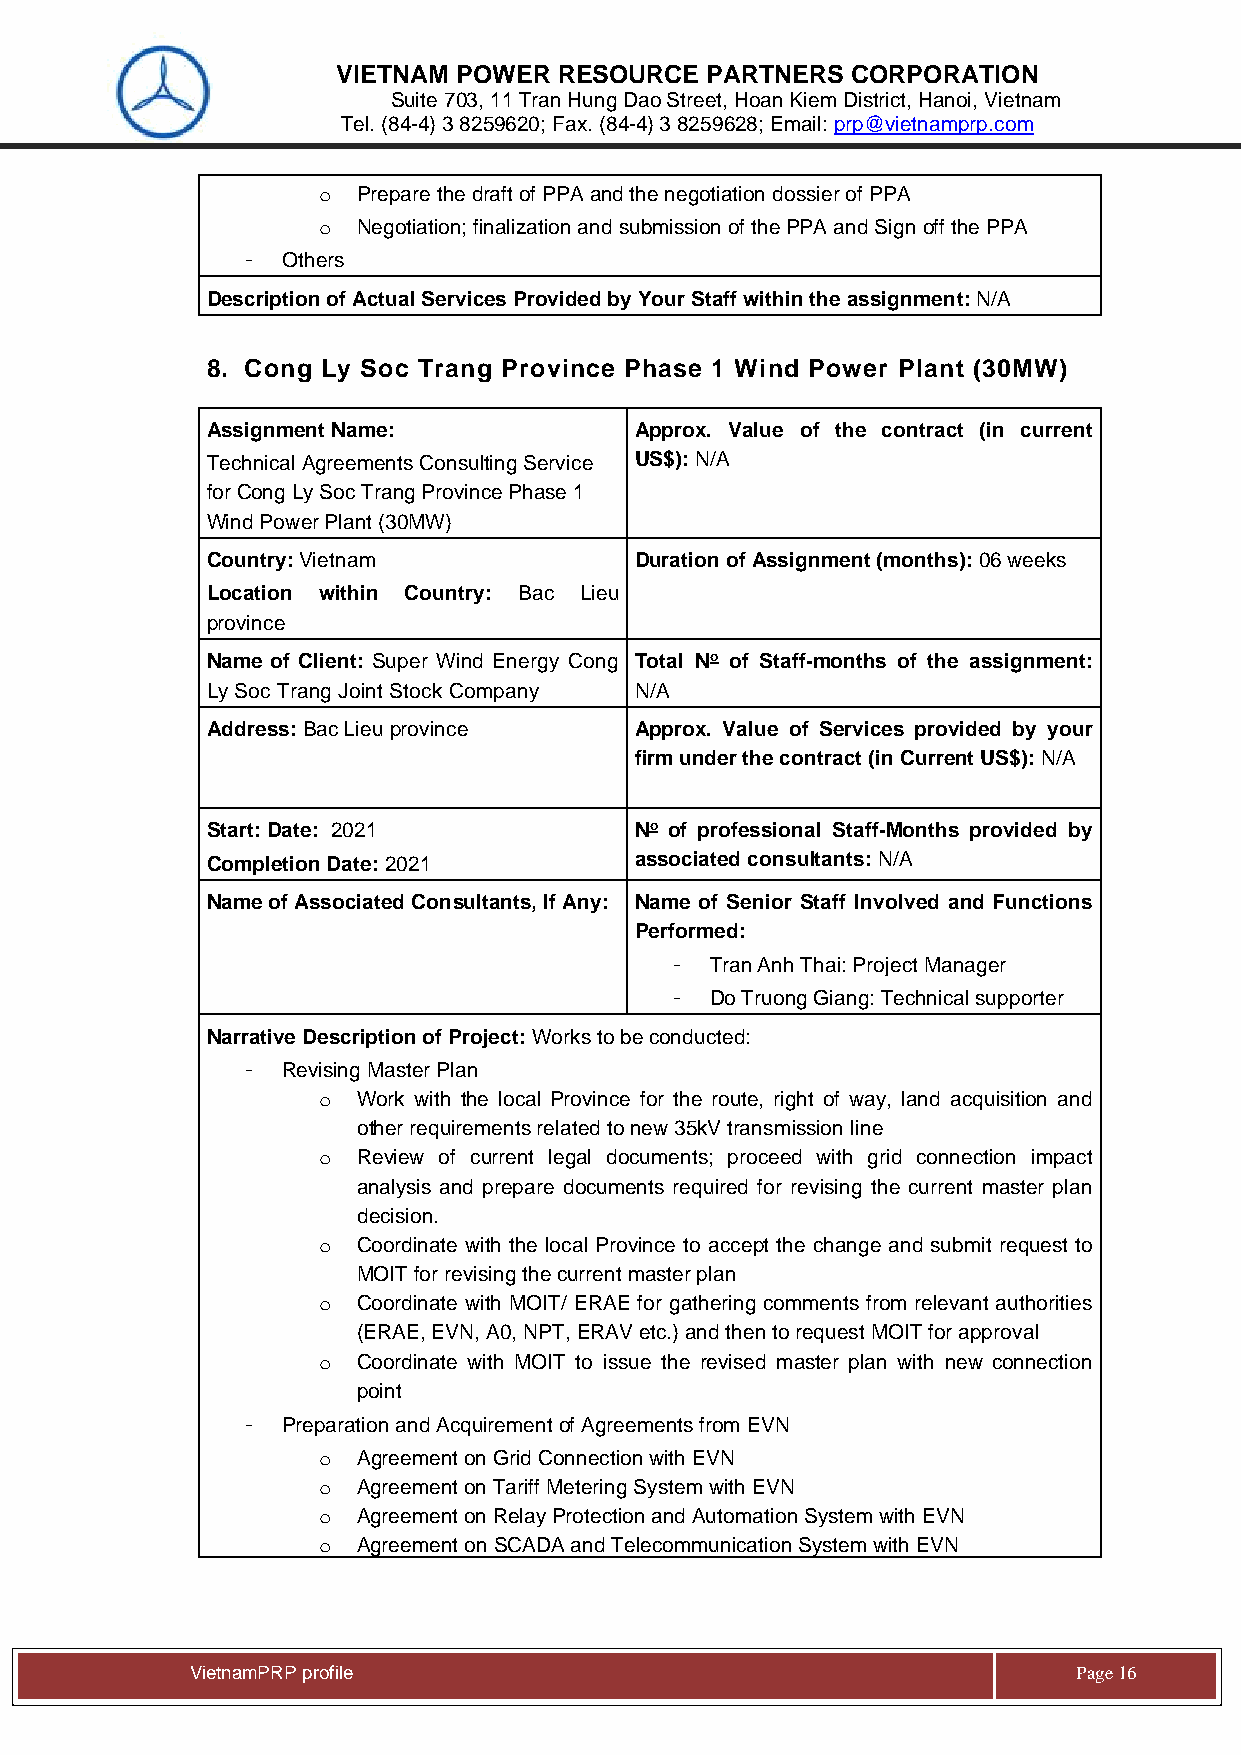
VIETNAM POWER  RESOURCE  PARTNERS CORPORATION
 Suite 703, 11 Tran Hung Dao Street, Hoan Kiem District, Hanoi, Vietnam
 Tel. (84-4) 3 8259620; Fax. (84-4) 3 8259628; Email: prp@vietnamprp.com
 o  Prepare the draft of PPA and the negotiation dossier of PPA
 o  Negotiation; finalization and submission of the PPA and Sign off the PPA
 -  Others
 Description of Actual Services Provided by Your Staff within the assignment: N/A
 8. Cong Ly Soc Trang Province Phase 1 Wind Power Plant (30MW)
 Assignment Name:            Approx. Value of the contract (in current
 Technical Agreements Consulting Service US$): N/A
 for Cong Ly Soc Trang Province Phase 1
 Wind Power Plant (30MW)
 Country: Vietnam            Duration of Assignment (months): 06 weeks
 Location within Country: Bac Lieu
 province
 Name of Client: Super Wind Energy Cong Total No of Staff-months of the assignment:
 Ly Soc Trang Joint Stock Company N/A
 Address: Bac Lieu province  Approx. Value of Services provided by your
 firm under the contract (in Current US$): N/A
 Start: Date: 2021           No of professional Staff-Months provided by
 Completion Date: 2021       associated consultants: N/A
 Name of Associated Consultants, If Any: Name of Senior Staff Involved and Functions
 Performed:
 -  Tran Anh Thai: Project Manager
 -  Do Truong Giang: Technical supporter
 Narrative Description of Project: Works to be conducted:
 -  Revising Master Plan
 o  Work with the local Province for the route, right of way, land acquisition and
 other requirements related to new 35kV transmission line
 o  Review of current legal documents; proceed with grid connection impact
 analysis and prepare documents required for revising the current master plan
 decision.
 o  Coordinate with the local Province to accept the change and submit request to
 MOIT for revising the current master plan
 o  Coordinate with MOIT/ ERAE for gathering comments from relevant authorities
 (ERAE, EVN, A0, NPT, ERAV etc.) and then to request MOIT for approval
 o  Coordinate with MOIT to issue the revised master plan with new connection
 point
 -  Preparation and Acquirement of Agreements from EVN
 o  Agreement on Grid Connection with EVN
 o  Agreement on Tariff Metering System with EVN
 o  Agreement on Relay Protection and Automation System with EVN
 o  Agreement on SCADA and Telecommunication System with EVN
 Vie tnamPRP profile                                       Page 16